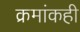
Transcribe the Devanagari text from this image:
क्रमांकही